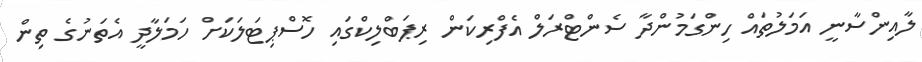
ލާއިންސާނީ އަމަލުތައް ހިންގަމުންދާ ސެންޓްރަލް އެފްރިކަން ރިޕަބްލިކްގައި ހޮސްޕިޓަލަކަށް ހަމަލާދީ އެތަނުގެ ތިން